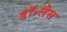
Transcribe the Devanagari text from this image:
डॉ॰लेस